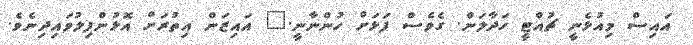
އައިސް މިއުޅެނީ ޗުއްޓީ ހަދާލަން. ގެވެސް ފަޅަށް ހުންނާނީ." އައިޒަން އިތުރަށް އޮޅުންފިލުވައިދިނެވެ.